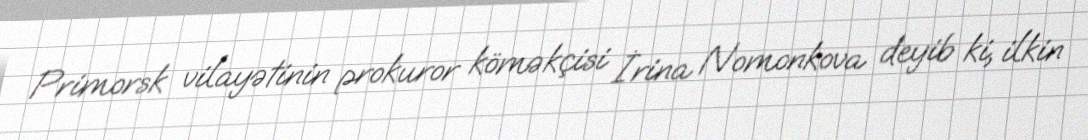
Primorsk vilayətinin prokuror köməkçisi İrina Nomonkova deyib ki, ilkin